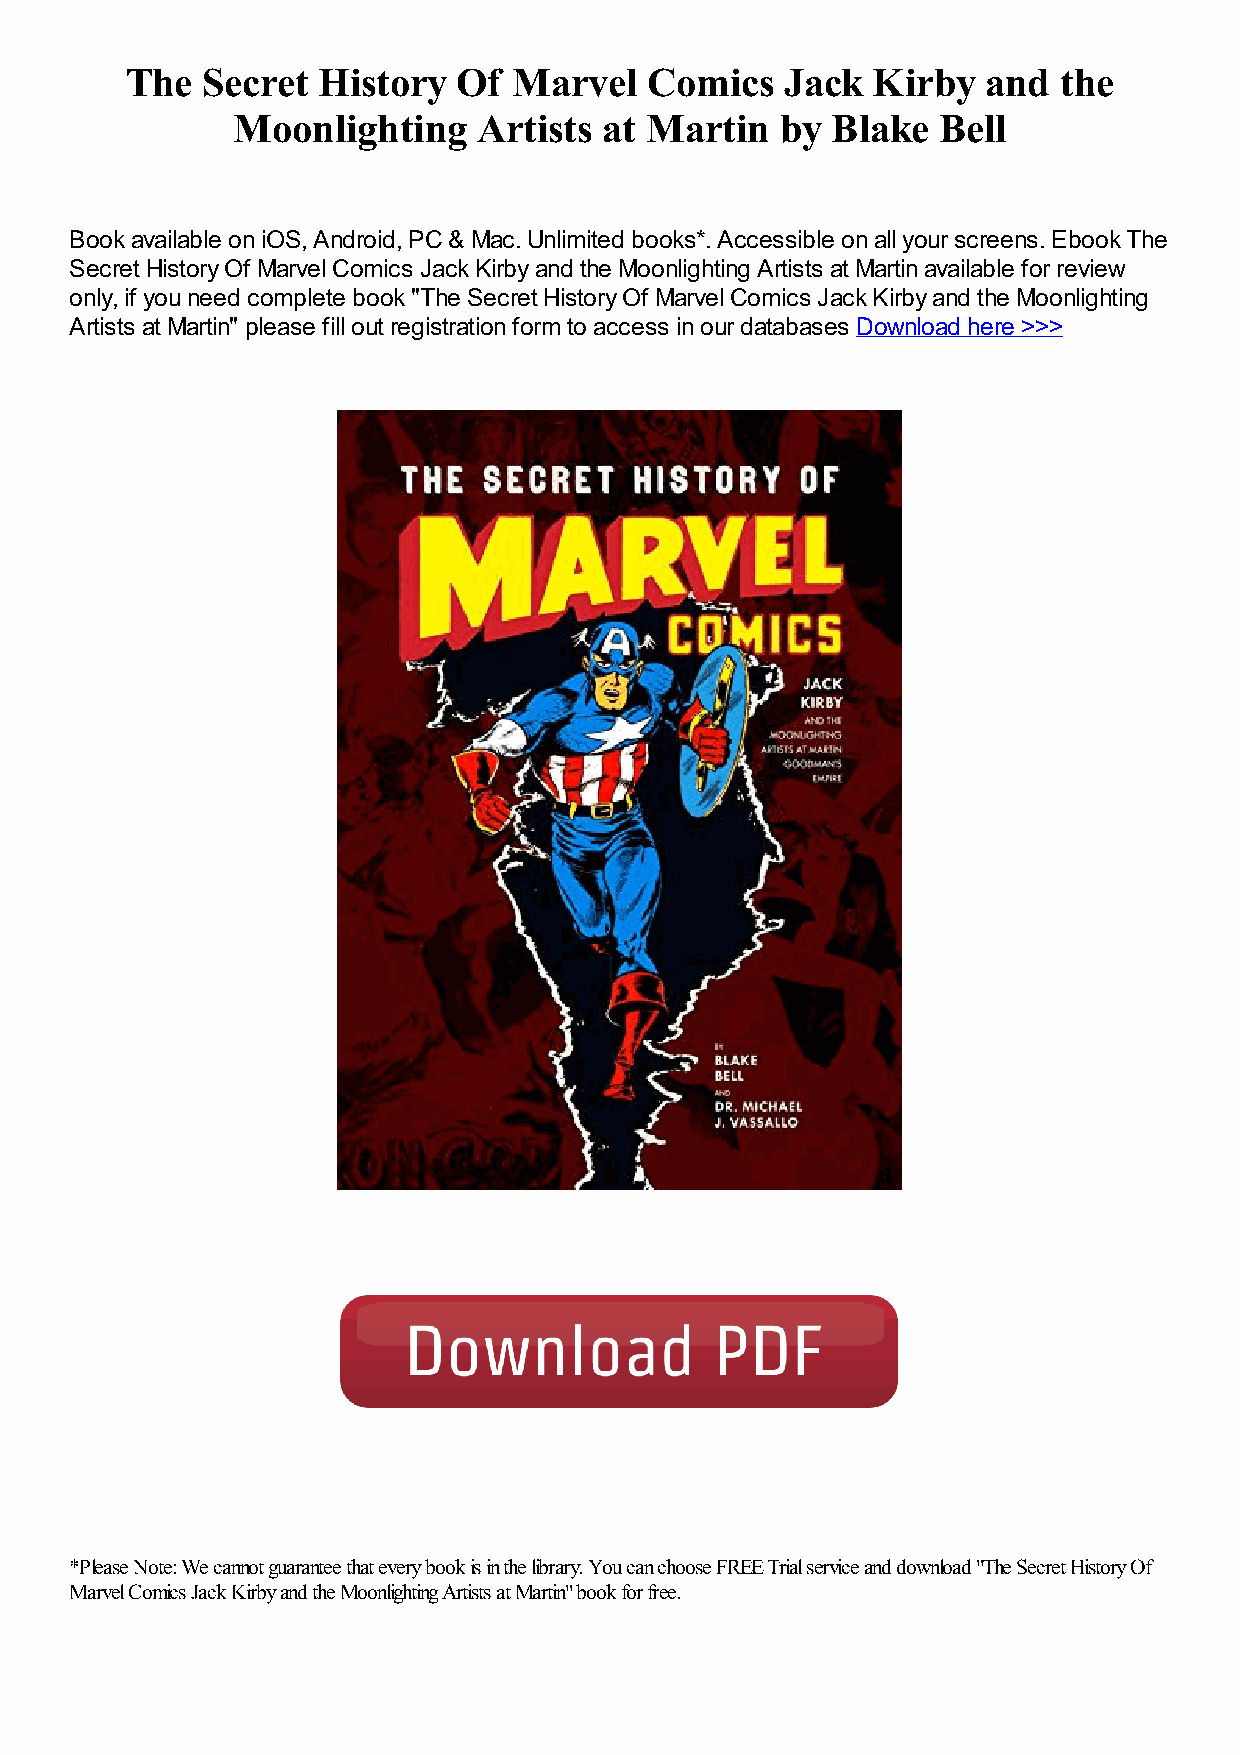
The  Secret  History  Of  Marvel   Comics   Jack  Kirby  and  the
 Moonlighting     Artists at Martin   by Blake  Bell
 Book available on iOS, Android, PC & Mac. Unlimited books*. Accessible on all your screens. Ebook The
 Secret History Of Marvel Comics Jack Kirby and the Moonlighting Artists at Martin available for review
 only, if you need complete book "The Secret History Of Marvel Comics Jack Kirby and the Moonlighting
 Artists at Martin" please fill out registration form to access in our databases Download here >>>
 *Please Note: We cannot guarantee that every book is in the library. You can choose FREE Trial service and download "The Secret History Of
 Marvel Comics Jack Kirby and the Moonlighting Artists at Martin" book for free.